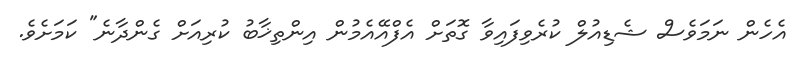
އެހެން ނަމަވެސް ޝެޑިއުލް ކުރެވިފައިވާ ގޮތަށް އެފްއޭއެމުން އިންތިޚާބު ކުރިއަށް ގެންދާނެ" ކަމަށެވެ.